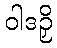
ဝါဒဉှိ